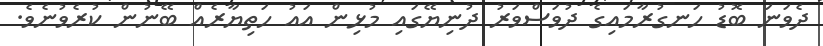
ދެވަނަ ބޮޑު ހަނގުރާމައިގެ ދުވަސްވަރު ދުނިޔޭގައި މުުޅިން އައު ހަތިޔާރެއް ބޭނުން ކުރެވުނެވެ.